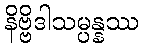
နိဗ္ဗိဒါသမ္ပန္နဿ